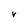
Character: r